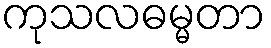
ကုသလဓမ္မတာ